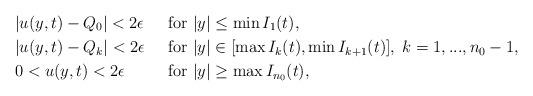
LaTeX: \begin{align*}&|u(y,t)-Q_0|<2\epsilon && \mbox{ for } |y|\leq\min I_1(t),\\&|u(y,t)-Q_k|<2\epsilon&& \mbox{ for } |y|\in[\max I_k(t),\min I_{k+1}(t)],\; k=1,..., n_0-1,\\&0<u(y,t)<2\epsilon &&\mbox{ for } |y|\geq \max I_{n_0}(t),\end{align*}